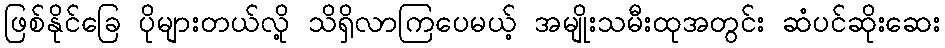
ဖြစ်နိုင်ခြေ ပိုများတယ်လို့ သိရှိလာကြပေမယ့် အမျိုးသမီးထုအတွင်း ဆံပင်ဆိုးဆေး